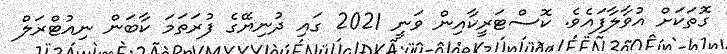
ގޮތަކަށް އުވާލާފައެވެ. ކޮސްޓަރީކާއިން ވަނީ 2021 ގައި ދުނިޔޭގެ ފުރަތަމަ ކާބަން ނިއުޓްރަލް